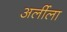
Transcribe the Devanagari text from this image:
अर्लीला